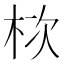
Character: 栨